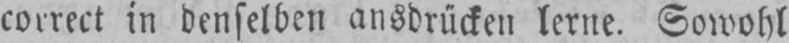
correct in denselben ausdrücken lerne. Sowohl